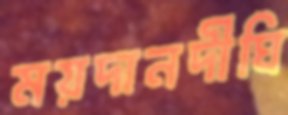
ময়দানদীঘি